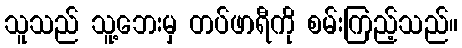
သူသည် သူ့ဘေးမှ တပ်ဖာရီကို စမ်းကြည့်သည်။